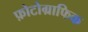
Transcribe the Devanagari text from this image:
फ़ोटोग्राफिक